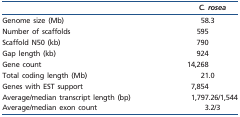
<table><thead><tr><td></td><td><b><i>C. rosea</i></b></td></tr></thead><tbody><tr><td>Genome size (Mb)</td><td>58.3</td></tr><tr><td>Number of scaffolds</td><td>595</td></tr><tr><td>Scaffold N50 (kb)</td><td>790</td></tr><tr><td>Gap length (kb)</td><td>924</td></tr><tr><td>Gene count</td><td>14,268</td></tr><tr><td>Total coding length (Mb)</td><td>21.0</td></tr><tr><td>Genes with EST support</td><td>7,854</td></tr><tr><td>Average/median transcript length (bp)</td><td>1,797.26/1,544</td></tr><tr><td>Average/median exon count</td><td>3.2/3</td></tr></tbody></table>